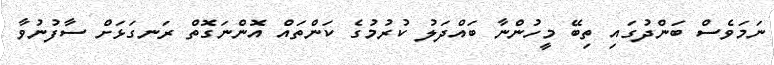
ނަމަވެސް ބަންދުގައި ތިބޭ މީހުންނާ ބައްދަލު ކުރުމުގެ ކަންތައް އޮންނަގޮތް ރަނގަޅަށް ސާފުނުވާ